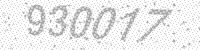
Solution: 930017